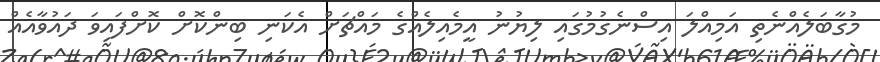
މުގާބަލެއްނެތި އަމިއްލަ އިސްނެގުމުގައި ލިޔުނު އީމެއިލެއްގެ މައްޗަށް އެކަނި ބިންކޮށް ކޮށްފައިވަ ދައުވާއެއް